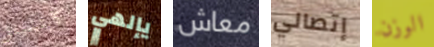
كابتشينو يإلهي معاش إتصالي الوزن